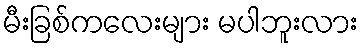
မီးခြစ်ကလေးများ မပါဘူးလား